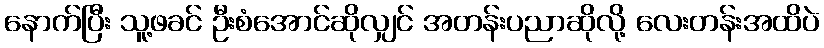
နောက်ပြီး သူ့ဖခင် ဦးစံအောင်ဆိုလျှင် အတန်းပညာဆိုလို့ လေးတန်းအထိပဲ